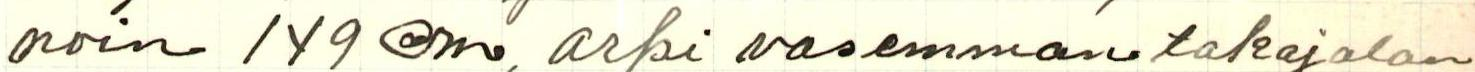
noin 149 cm, arpi vasemman takajalan